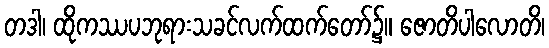
တဒါ၊ ထိုကဿပဘုရားသခင်လက်ထက်တော်၌။ ဇောတိပါလောတိ၊